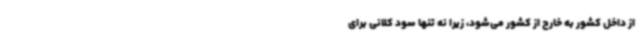
از داخل کشور به خارج از کشور می‌شود، زیرا نه تنها سود کلانی برای